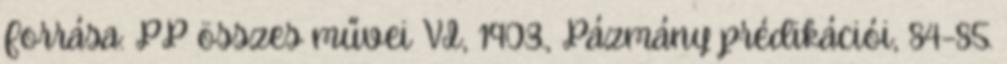
Forrása: PP összes művei VI, 1903., Pázmány prédikációi, 84–85.